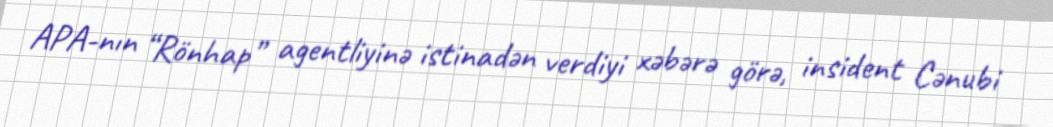
APA-nın “Rönhap” agentliyinə istinadən verdiyi xəbərə görə, insident Cənubi